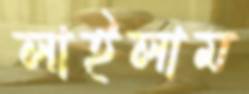
লাইলাম